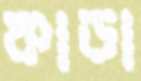
কাডা